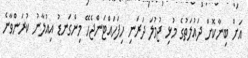
އަށް ބިނާކޮށް ދައުލަތުގެ މުޅި ޖުމުލަ ދަރަނި ހިފަހައްޓަންޖެހޭ މިންގަނޑު އިއުލާނު ކުރަންވާނެ